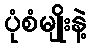
ပုံစံမျိုးနဲ့